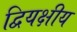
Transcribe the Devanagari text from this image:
द्वियक्षीय